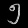
Digit: ၅